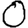
Digit: 0